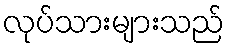
လုပ်သားများသည်